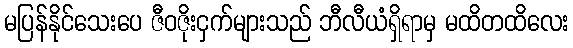
မပြန်နိုင်သေးပေ ဇီဝဇိုးငှက်များသည် ဘီလီယံရှိရာမှ မထိတထိလေး